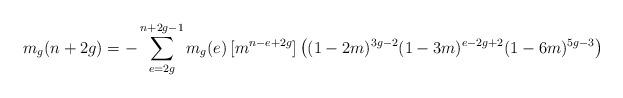
LaTeX: \begin{align*} m_g(n+2g) = - \sum_{e = 2g}^{n+2g-1} m_g(e) \, [m^{n-e+2g}] \left( (1-2m)^{3g-2} (1-3m)^{e-2g+2} (1-6m)^{5g-3} \right)\end{align*}